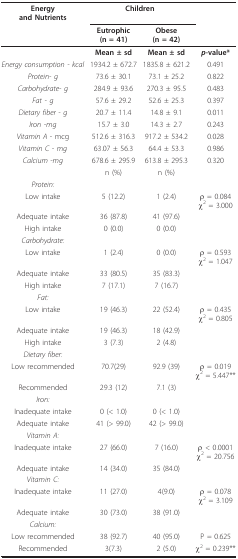
<table><thead><tr><td><b>Energyand Nutrients</b></td><td colspan="2"><b>Children</b></td><td></td></tr><tr><td></td><td><b>Eutrophic(n = 41)</b></td><td><b>Obese(n = 42)</b></td><td></td></tr></thead><tbody><tr><td></td><td><b>Mean ± sd</b></td><td><b>Mean ± sd</b></td><td><b><i>p</i>-value*</b></td></tr><tr><td><i>Energy consumption - kcal</i></td><td>1934.2 ± 672.7</td><td>1835.8 ± 621.2</td><td>0.491</td></tr><tr><td><i>Protein- g</i></td><td>73.6 ± 30.1</td><td>73.1 ± 25.2</td><td>0.822</td></tr><tr><td><i>Carbohydrate- g</i></td><td>284.9 ± 93.6</td><td>270.3 ± 95.5</td><td>0.483</td></tr><tr><td><i>Fat - g</i></td><td>57.6 ± 29.2</td><td>52.6 ± 25.3</td><td>0.397</td></tr><tr><td><i>Dietary fiber - g</i></td><td>20.7 ± 11.4</td><td>14.8 ± 9.1</td><td>0.011</td></tr><tr><td><i>Iron -mg</i></td><td>15.7 ± 3.0</td><td>14.3 ± 2.7</td><td>0.243</td></tr><tr><td><i>Vitamin A </i>- mcg</td><td>512.6 ± 316.3</td><td>917.2 ± 534.2</td><td>0.028</td></tr><tr><td><i>Vitamin C - mg</i></td><td>63.07 ± 56.3</td><td>64.4 ± 53.3</td><td>0.986</td></tr><tr><td><i>Calcium -mg</i></td><td>678.6 ± 295.9</td><td>613.8 ± 295.3</td><td>0.320</td></tr><tr><td></td><td>n (%)</td><td>n (%)</td><td></td></tr><tr><td><i>Protein:</i></td><td></td><td></td><td></td></tr><tr><td>Low intake</td><td>5 (12.2)</td><td>1 (2.4)</td><td>ρ = 0.084χ<sup>2 </sup>= 3.000</td></tr><tr><td>Adequate intake</td><td>36 (87.8)</td><td>41 (97.6)</td><td></td></tr><tr><td>High intake</td><td>0 (0.0)</td><td>0 (0.0)</td><td></td></tr><tr><td><i>Carbohydrate:</i></td><td></td><td></td><td></td></tr><tr><td>Low intake</td><td>1 (2.4)</td><td>0 (0.0)</td><td>ρ = 0.593χ<sup>2 </sup>= 1.047</td></tr><tr><td>Adequate intake</td><td>33 (80.5)</td><td>35 (83.3)</td><td></td></tr><tr><td>High intake</td><td>7 (17.1)</td><td>7 (16.7)</td><td></td></tr><tr><td><i>Fat:</i></td><td></td><td></td><td></td></tr><tr><td>Low intake</td><td>19 (46.3)</td><td>22 (52.4)</td><td>ρ = 0.435χ<sup>2 </sup>= 0.805</td></tr><tr><td>Adequate intake</td><td>19 (46.3)</td><td>18 (42.9)</td><td></td></tr><tr><td>High intake</td><td>3 (7.3)</td><td>2 (4.8)</td><td></td></tr><tr><td><i>Dietary fiber:</i></td><td></td><td></td><td></td></tr><tr><td>Low recommended</td><td>70.7(29)</td><td>92.9 (39)</td><td>ρ = 0.019χ<sup>2 </sup>= 5.447**</td></tr><tr><td>Recommended</td><td>29.3 (12)</td><td>7.1 (3)</td><td></td></tr><tr><td><i>Iron:</i></td><td></td><td></td><td></td></tr><tr><td>Inadequate intake</td><td>0 (&lt; 1.0)</td><td>0 (&lt; 1.0)</td><td></td></tr><tr><td>Adequate intake</td><td>41 (&gt; 99.0)</td><td>42 (&gt; 99.0)</td><td></td></tr><tr><td><i>Vitamin A:</i></td><td></td><td></td><td></td></tr><tr><td>Inadequate intake</td><td>27 (66.0)</td><td>7 (16.0)</td><td>ρ &lt; 0.0001χ<sup>2 </sup>= 20.756</td></tr><tr><td>Adequate intake</td><td>14 (34.0)</td><td>35 (84.0)</td><td></td></tr><tr><td><i>Vitamin C:</i></td><td></td><td></td><td></td></tr><tr><td>Inadequate intake</td><td>11 (27.0)</td><td>4(9.0)</td><td>ρ = 0.078χ<sup>2 </sup>= 3.109</td></tr><tr><td>Adequate intake</td><td>30 (73.0)</td><td>38 (91.0)</td><td></td></tr><tr><td><i>Calcium:</i></td><td></td><td></td><td></td></tr><tr><td>Low recommended</td><td>38 (92.7)</td><td>40 (95.0)</td><td>P = 0.625</td></tr><tr><td>Recommended</td><td>3(7.3)</td><td>2 (5.0)</td><td>χ<sup>2 </sup>= 0.239**</td></tr></tbody></table>